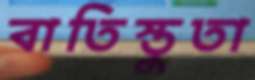
বাতিস্তুতা